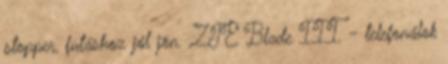
stopper, futáshoz jól jön. ZTE Blade III - telefonálok